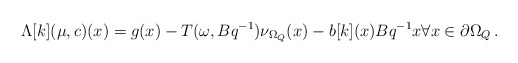
\begin{align*}\Lambda[k](\mu,c)(x)=g(x)-T(\omega,Bq^{-1})\nu_{\Omega_Q}(x)-b[k](x)Bq^{-1}x\forall x \in \partial \Omega_Q\, .\end{align*}